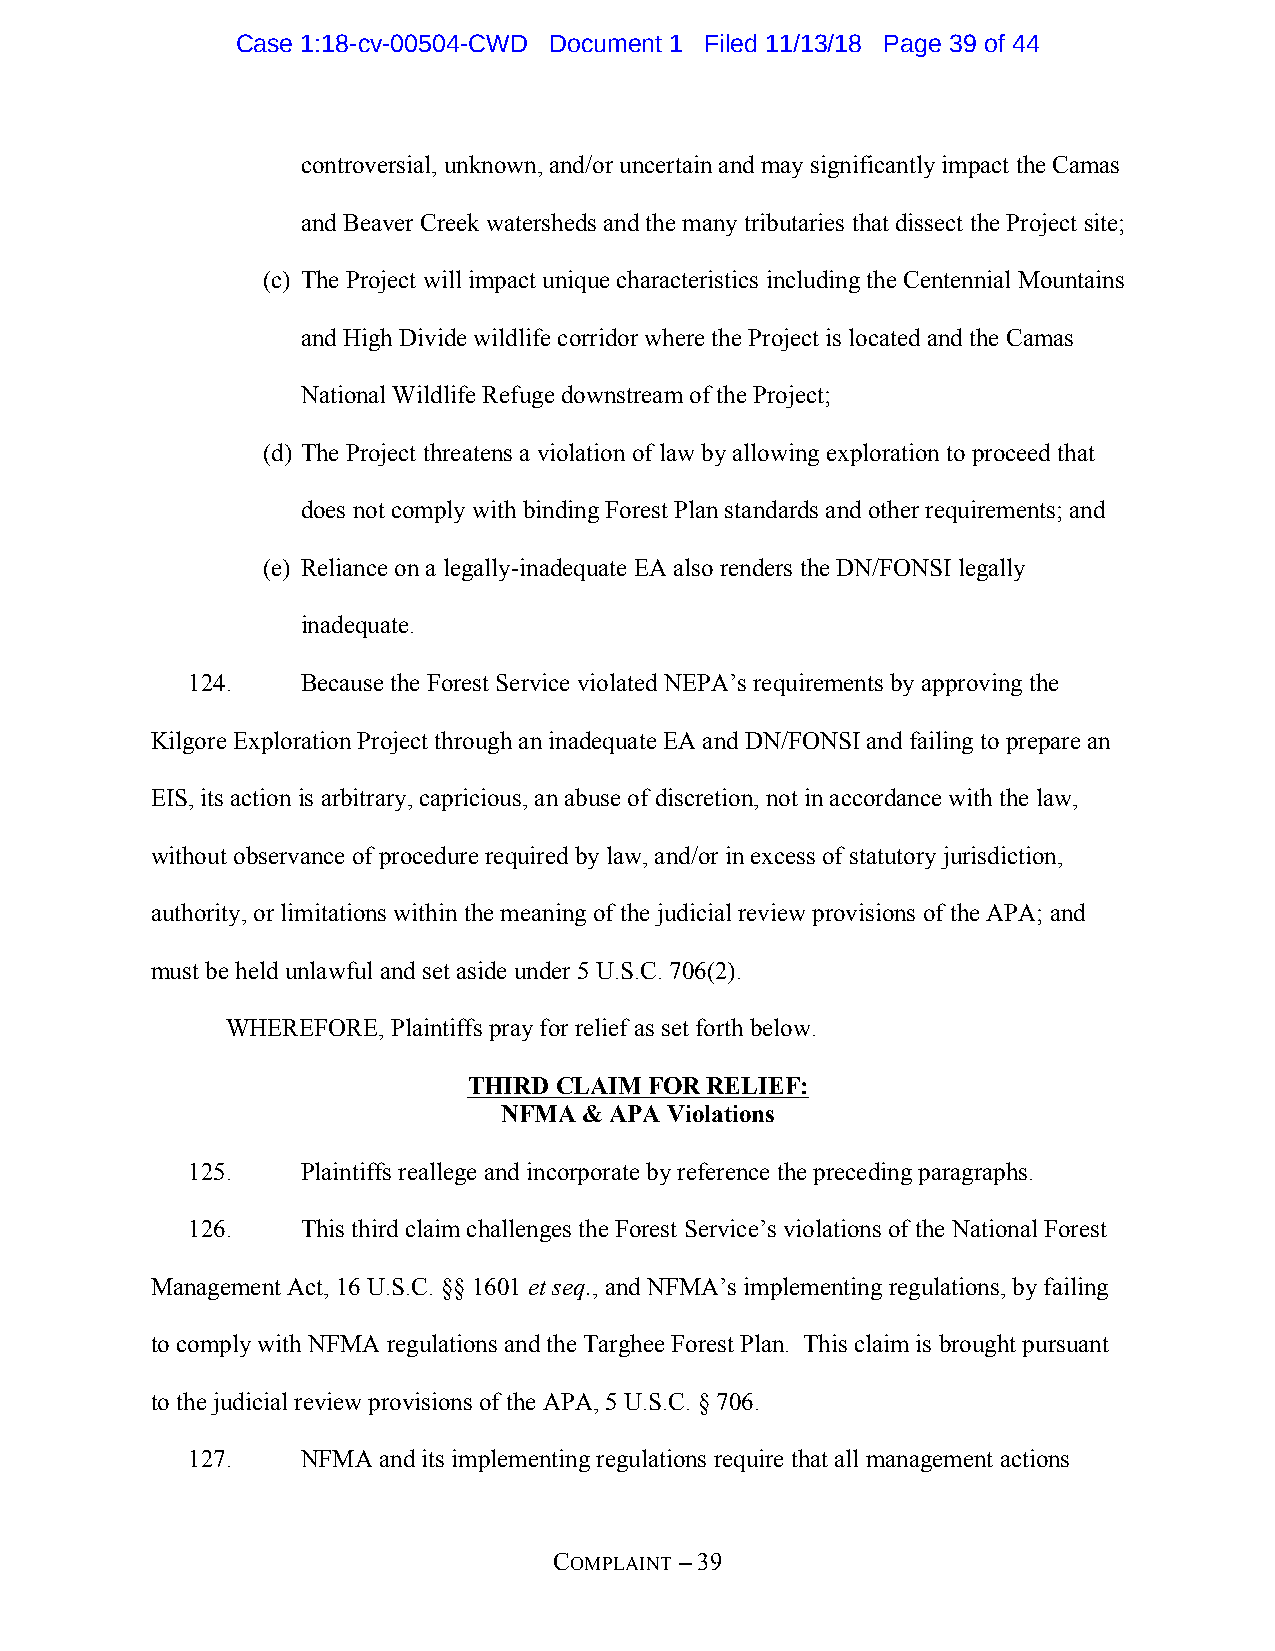
Case 1:18-cv-00504-CWD Document 1 Filed 11/13/18 Page 39 of 44
 controversial, unknown, and/or uncertain and may significantly impact the Camas
 and Beaver Creek watersheds and the many tributaries that dissect the Project site;
 (c) The Project will impact unique characteristics including the Centennial Mountains
 and High Divide wildlife corridor where the Project is located and the Camas
 National Wildlife Refuge downstream of the Project;
 (d) The Project threatens a violation of law by allowing exploration to proceed that
 does not comply with binding Forest Plan standards and other requirements; and
 (e) Reliance on a legally-inadequate EA also renders the DN/FONSI legally
 inadequate.
 124.    Because the Forest Service violated NEPA’s requirements by approving the
 Kilgore Exploration Project through an inadequate EA and DN/FONSI and failing to prepare an
 EIS, its action is arbitrary, capricious, an abuse of discretion, not in accordance with the law,
 without observance of procedure required by law, and/or in excess of statutory jurisdiction,
 authority, or limitations within the meaning of the judicial review provisions of the APA; and
 must be held unlawful and set aside under 5 U.S.C. 706(2).
 WHEREFORE, Plaintiffs pray for relief as set forth below.
 THIRD CLAIM FOR RELIEF:
 NFMA  & APA Violations
 125.    Plaintiffs reallege and incorporate by reference the preceding paragraphs.
 126.    This third claim challenges the Forest Service’s violations of the National Forest
 Management Act, 16 U.S.C. §§ 1601 et seq., and NFMA’s implementing regulations, by failing
 to comply with NFMA regulations and the Targhee Forest Plan. This claim is brought pursuant
 to the judicial review provisions of the APA, 5 U.S.C. § 706.
 127.    NFMA and its implementing regulations require that all management actions
 COMPLAINT – 39